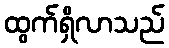
ထွက်ရှိလာသည်